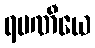
ရမဏီယေ